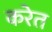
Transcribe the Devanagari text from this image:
करेत